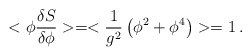
\begin{align*}<\phi {\delta S \over \delta \phi}> = < {1 \over g^2} \left(\phi^2 + \phi^4\right)> = 1 \,.\end{align*}